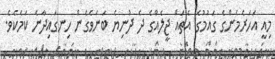
މިއީ އަހަރެމެންގެ ގައުމުގެ އެތައް ޖީލެއްގެ ދެ ދުނިޔެ ބަނަވެގެން ހިނގައިދާނެ ކަމެކެވެ.